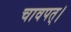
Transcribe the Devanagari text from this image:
चावपत्।